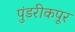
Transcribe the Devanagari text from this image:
पुंडरीकपूर